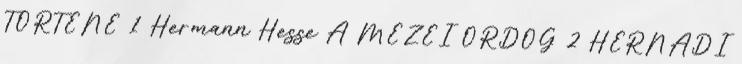
TÖRTÉNE 1 Hermann Hesse A MEZEI ÖRDÖG 2 HERNÁDI